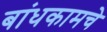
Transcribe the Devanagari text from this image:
बांधकामचे